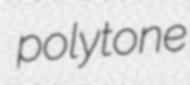
polytone